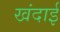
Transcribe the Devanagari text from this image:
खंदाई